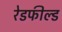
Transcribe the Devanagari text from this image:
रेडफील्ड